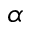
\alpha